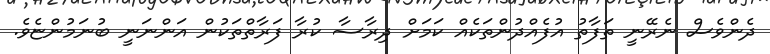
ދެންވެސް ނެރޭނީ ތަފާތު އުފެއްދުންތަކެއް ކަމަށް ދިރާސާ ކުރާ ފަރާތްތަކުން އަންނަނީ ބުނަމުންޏެވެ.